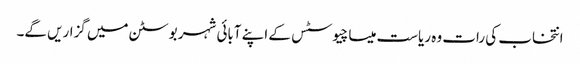
انتخاب کی رات وہ ریاست میساچیوسٹس کے اپنے آبائی شہر بوسٹن میں گزاریں گے۔